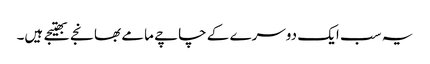
یہ سب ایک دوسرے کے چاچے مامے بھانجے بھتیجے ہیں۔